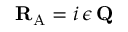
{ \mathbf { R } } _ { \mathrm { A } } = i \, \epsilon \, { \mathbf { Q } }